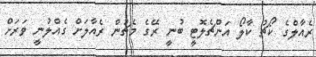
ރެއާލްގެ ކޯޗު ކާލޯ އަންޗެލޮޓީ ބުނީ ރޭގެ މެޗުން ރެއާލަށް ގެއްލުނީ ވަރަށް